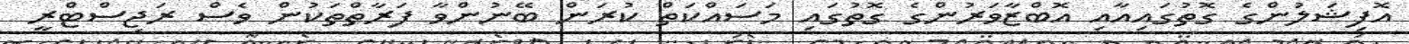
އޮފިޝަލުންގެ ގޮތުގައިއާއި އޮބްޒާވަރުންގެ ގޮތުގައި މަސައްކަތް ކުރަން ބޭނުންވާ ފަރާތްތަކުން ވެސް ރަޖިސްޓްރީ